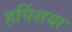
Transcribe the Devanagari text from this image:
हर्पिसया